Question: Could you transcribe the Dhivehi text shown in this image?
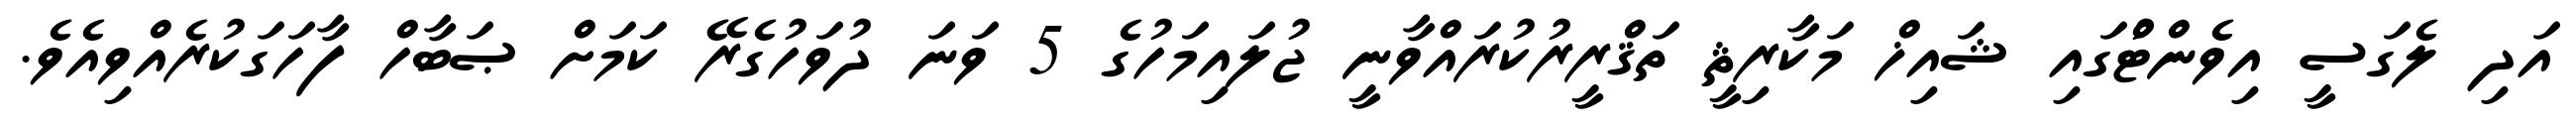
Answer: އަދި ލެގަސީ އިވެންޓްުގައި ޝައިޚް މަކާރިޘީ ތަޤްރީރުކުރައްވާނީ ޖުލައިމަހުގެ 5 ވަނަ ދުވަހުގެރޭ ކަމަށް ޞަބާހް ފާހަގަކުރެއްވިއެވެ.